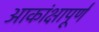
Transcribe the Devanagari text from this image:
आकांक्षापूर्ण